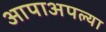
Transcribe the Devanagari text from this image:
आपाअपल्या